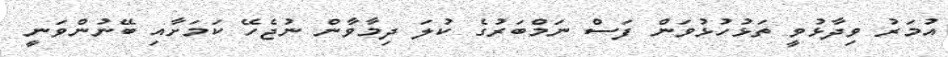
އުމަރު ވިދާޅުވީ ތަޅުހުޅުވަން ފަސް ނަމްބަރުގެ ކުލަ ދިމާވާން ނުޖެހޭ ކަމަށާއި ބޭނުންވަނީ